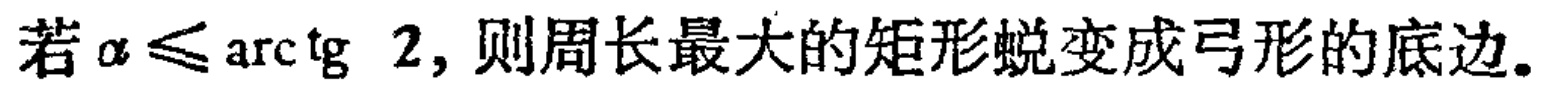
若\(\alpha \leq \arctan 2\)，则周长最大的矩形蜕变成弓形的底边。